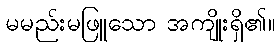
မမည်းမဖြူသော အကျိုးရှိ၏။